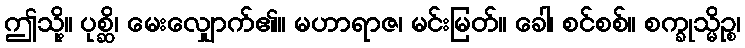
ဤသို့။ ပုစ္ဆိ၊ မေးလျှောက်၏။ မဟာရာဇ၊ မင်းမြတ်။ ခေါ၊ စင်စစ်။ စက္ခုသ္မိဉ္စ၊